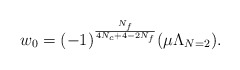
\begin{align*}w_{0} = (-1)^{\frac{N_{f}}{4N_{c}+4-2N_{f}}}(\mu\Lambda_{N=2}).\end{align*}